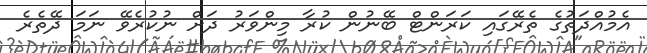
އެމުއްދަތުގެ ތެރޭގައި ކަރަންޓް ބޭނުން ކުރާ މިންވަރު ދަށް ނުކުރެވޭ ނަމަ ދޭތެރެ